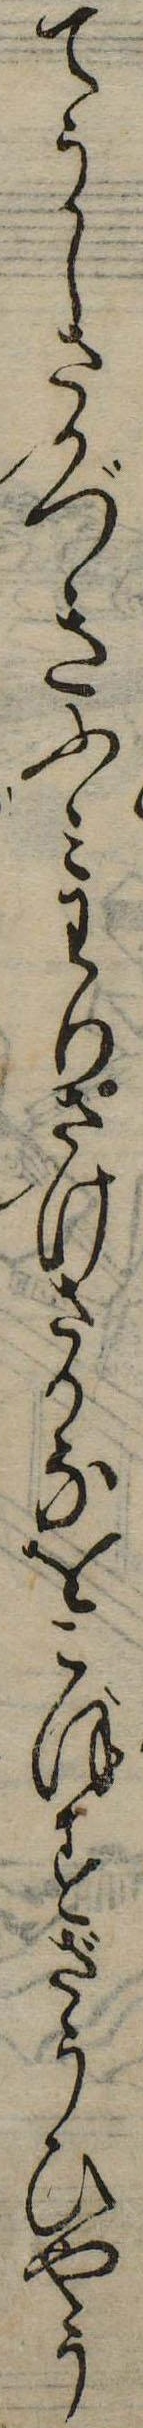
てうしさかづきふみわりさけさかなをこぼすざうひやう